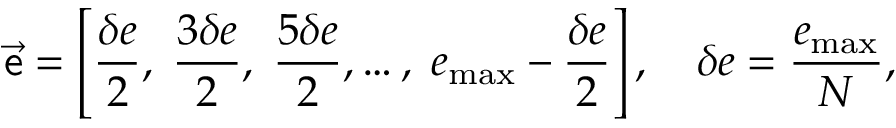
\vec { \mathsf { e } } = \left[ \frac { \delta e } { 2 } , \; \frac { 3 \delta e } { 2 } , \; \frac { 5 \delta e } { 2 } , \ldots , \; e _ { \mathrm { m a x } } - \frac { \delta e } { 2 } \right] , \quad \delta e = \frac { e _ { \mathrm { m a x } } } { N } ,